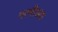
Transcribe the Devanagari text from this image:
गरमीच्या